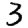
Digit: 3